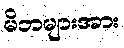
မိဘများအား